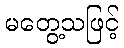
မတွေ့သဖြင့်